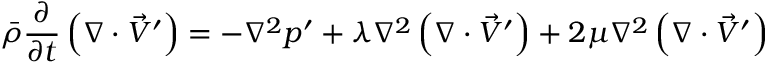
\bar { \rho } \frac { \partial } { \partial t } \left( \nabla \cdot \vec { V } ^ { \prime } \right) = - \nabla ^ { 2 } p ^ { \prime } + \lambda \nabla ^ { 2 } \left( \nabla \cdot \vec { V } ^ { \prime } \right) + 2 \mu \nabla ^ { 2 } \left( \nabla \cdot \vec { V } ^ { \prime } \right)